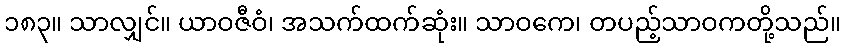
၁၈၃။ သာလျှင်။ ယာဝဇီဝံ၊ အသက်ထက်ဆုံး။ သာဝကေ၊ တပည့်သာဝကတို့သည်။